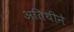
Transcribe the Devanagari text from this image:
अतिथीने